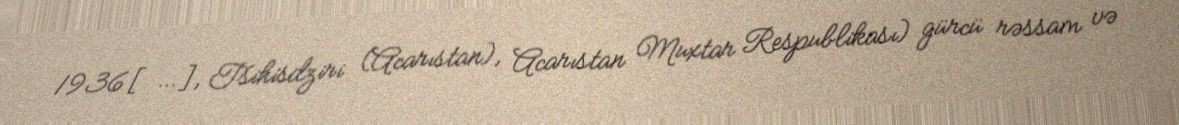
1936[…], Tsihisdziri (Acarıstan), Acarıstan Muxtar Respublikası) gürcü rəssam və